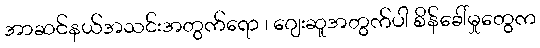
အာဆင်နယ်အသင်းအတွက်ရော ၊ ဂျေးဆူအတွက်ပါ စိန်ခေါ်မှုတွေက